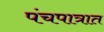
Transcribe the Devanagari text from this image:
पंचपात्रात